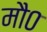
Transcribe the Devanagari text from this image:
मौ०